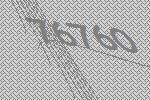
76760